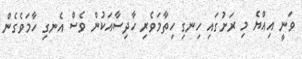
ވަނީ އިއްޔެ މި ރަށުގައި ހިނގި ހިތާމަވެރި ހާދިސާއަކުން ވެސް އެނގި ހާމަވެގެން